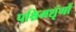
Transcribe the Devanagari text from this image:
पश्चिमशृंगों